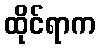
ထိုင်ရာက